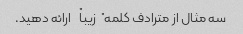
سه مثال از مترادف کلمه "زیبا" ارائه دهید.